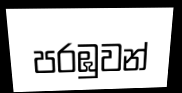
පරඹුවන්